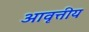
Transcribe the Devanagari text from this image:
आवृत्तीय